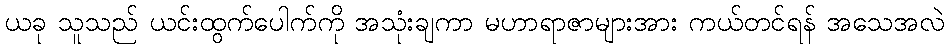
ယခု သူသည် ယင်းထွက်ပေါက်ကို အသုံးချကာ မဟာရာဇာများအား ကယ်တင်ရန် အသေအလဲ